Annual report of the Punjab Veterinary College and of the Civil Veterinary Department, Punjab - 1926-1932
Year: 1926
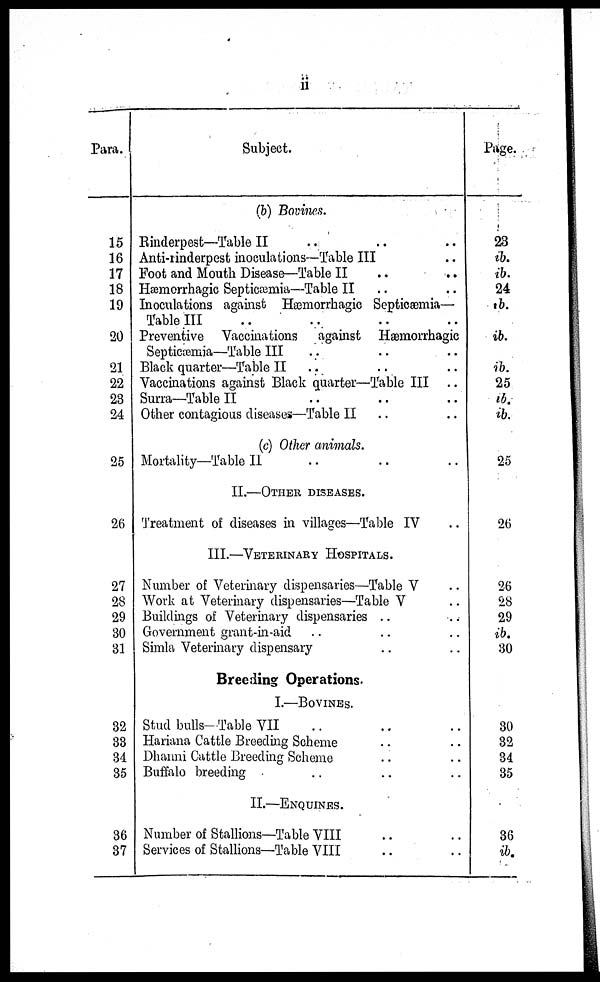
ii
Para.
15
16
17
18
19
20
21
22
23
24
25
26
27
28
29
30
31
32
33
34
35
36
37
Subject.
(b) Bovines.
Binderpest—Table II .. .. ..
Anti-rinderpest inoculations—Table III .. ..
Foot and Mouth Disease—Table II .. ..
Hemorrhagic Septicæmia—Table II .. ..
Inoculations against Hæmorrhagic Septicæmia—
Table III .. .. .. ..
Preventive Vaccinations against Hæmorrhagic
Septicæmia—Table III .. .. ..
Black quarter—Table II .. .. ..
Vaccinations against Black quarter—Table III ..
Surra—Table II .. .. .. ..
Other contagious diseases—Table II .. ..
(c) Other animals.
Mortality—Table II .. .. .. .. ..
II.—OTHER DISEASES..
Treatment of diseases in villages—Table IV .. ..
III.—VETERINARY HOSPITALS.
Number of Veterinary dispensaries—Table V ..
Work at Veterinary dispensaries—Table V ..
Buildings of Veterinary dispensaries .. ..
Government grant-in-aid .. .. ..
Simla Veterinary dispensary .. ..
Breeding Operations.
I.—BOVINES.
Stud bulls—Table VII .. .. ..
Hariana Cattle Breeding Scheme .. ..
Dhanni Cattle Breeding Scheme .. ..
Buffalo breeding .. .. ..
II.—ENQUINES.
Number of Stallions—Table VIII .. ..
Services of Stallions—Table VIII .. ..
Page.
23
ib.
ib.
24
ib.
ib.
ib.
25
ib.
ib.
25
26
26
28
29
ib.
30
30
32
34
35
36
ib.